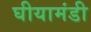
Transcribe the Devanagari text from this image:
घीयामंडी